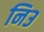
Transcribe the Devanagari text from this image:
नि३